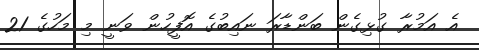
އެ އަމުރާ ގުޅިގެން ބަންޑާރަ ނައިބުގެ އޮފީހުން ވަނީ މި މަހުގެ 21